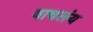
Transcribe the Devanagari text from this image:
वाचलंय